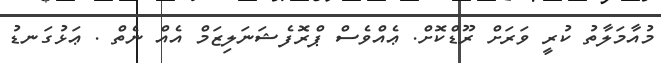
މުއާމަލާތު ކުރީ ވަރަށް ރޫޑްކޮށްް. ޢެއްވެސް ޕްރޮފެޝަނަލިޒަމް އެއްް ނެތް . ޢަޅުގަނޑު